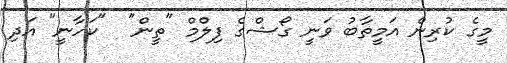
މީގެ ކުރިން އަމީތާބު ވަނީ ގޯޝްގެ ފިލްމް "ތީން"  "ކަހާނީ" އަދި